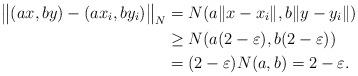
LaTeX: \begin{align*} \big\| ( ax, by ) - ( a x_i, b y_i ) \big\|_N &= N(a \|x - x_i\|, b \|y - y_i\|) \\ &\geq N(a (2-\varepsilon), b (2-\varepsilon)) \\ &= (2-\varepsilon) N(a, b) = 2-\varepsilon. \end{align*}